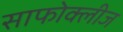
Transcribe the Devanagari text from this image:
साफोक्लीज